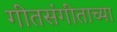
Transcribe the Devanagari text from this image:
गीतसंगीताच्या